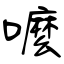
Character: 嚒